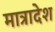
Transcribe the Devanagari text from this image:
मात्रादेश